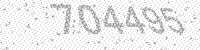
Solution: 704495